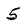
Character: 5